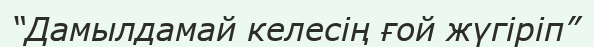
“Дамылдамай келесің ғой жүгіріп”